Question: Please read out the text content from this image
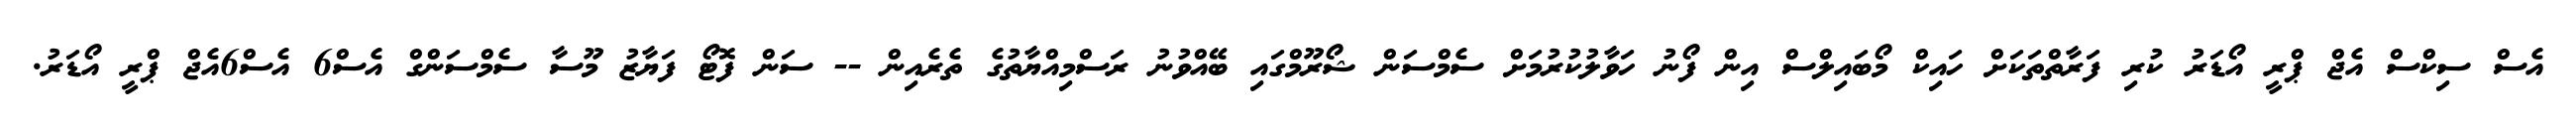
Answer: އެސް ސިކްސް އެޖް ޕްރީ އޯޑަރު ކުރި ފަރާތްތަކަށް ހައިކް މޯބައިލްސް އިން ފޯނު ހަވާލުކުރުމަށް ސެމްސަން ޝޯރޫމްގައި ބޭއްވުނު ރަސްމިއްޔާތުގެ ތެރެއިން -- ސަން ފޮޓޯ ފަޔާޒު މޫސާ ސެމްސަންގް އެސް6 އެސް6އެޖް ޕްރީ އޯޑަރު.